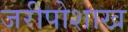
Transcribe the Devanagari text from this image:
जरीपोशाख